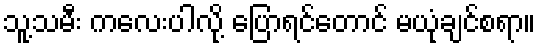
သူ့သမီး ကလေးပါလို့ ပြောရင်တောင် မယုံချင်စရာ။